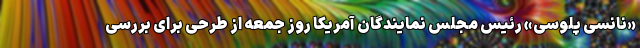
«نانسی پلوسی» رئیس مجلس نمایندگان آمریکا روز جمعه از طرحی برای بررسی